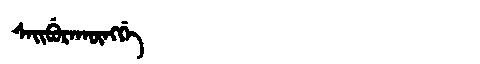
Manchu: ᠰᠠᡳᠪᡠᡵᠠᡴᡡᠩᡤᡝ
Romanization: SAIBURAKŪNGGE